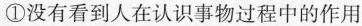
①没有看到人在认识事物过程中的作用